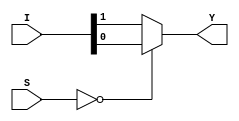
module mux_4_1_df(Y,I,S);
 	input [3:0]I;
 	input [1:0]S;
 	output Y;

 assign Y= (S==2'd0)?I[0]:((S==2'd1):I[1]:((S==2'd2)?I[2]:I[3]));


 endmodule